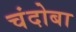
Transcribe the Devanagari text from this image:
चंदोबा